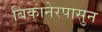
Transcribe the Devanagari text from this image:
बिकानेरपासुन